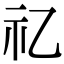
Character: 𥘆